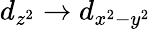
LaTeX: d_{z^{2}}\rightarrow d_{x^{2}-y^{2}}